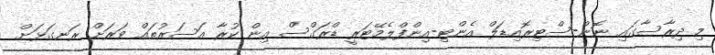
މި ދިރާސާގައި ނޮން-ސްޓިރޮއިޑަލް އެންޓި-އިންފްލެމޭޓަރީ ޑްރަގްސް އިން ކުރާ އަސަރުތައް ވަރަށް ރަނގަޅަށް